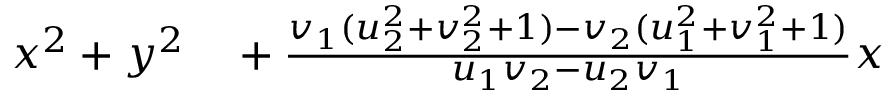
\begin{array} { r l } { x ^ { 2 } + y ^ { 2 } } & { { } { } + { \frac { v _ { 1 } ( u _ { 2 } ^ { 2 } + v _ { 2 } ^ { 2 } + 1 ) - v _ { 2 } ( u _ { 1 } ^ { 2 } + v _ { 1 } ^ { 2 } + 1 ) } { u _ { 1 } v _ { 2 } - u _ { 2 } v _ { 1 } } } x } \end{array}